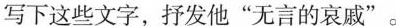
写下这些文字，抒发他”无言的哀戚”。